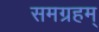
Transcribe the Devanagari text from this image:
समग्रहम्